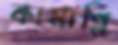
কামাগ্নি